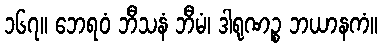
၁၆၇။ ဘေရဝံ ဘီသနံ ဘီမံ၊ ဒါရုဏဉ္စ ဘယာနကံ။